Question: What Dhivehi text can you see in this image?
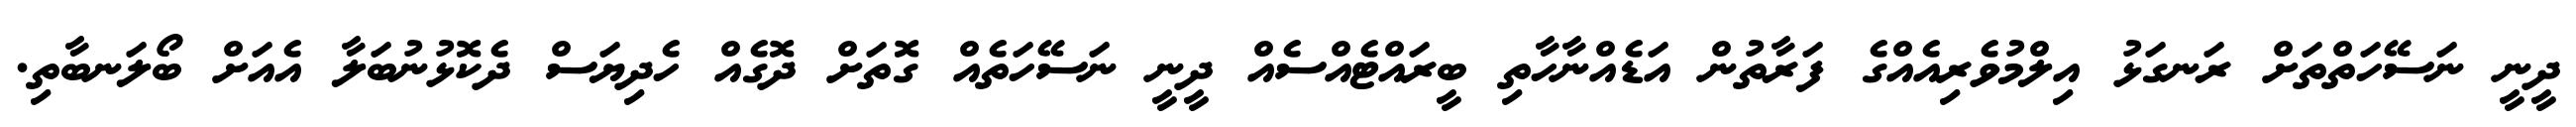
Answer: ދީނީ ނަސޭހަތްތަށް ރަނގަޅު އިލްމުވެރިއެއްގެ ފަރާތުން އަޑެއްނާހާތި ބީރައްޓެއްސެއް ދީނީ ނަސޭހަތެއް ގޮތަށް ދޮގެއް ހެދިޔަސް ދެކޮޅުނުބަލާ އެއަށް ބޯލަނބާތި.